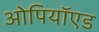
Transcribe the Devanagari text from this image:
ओपियॉएड